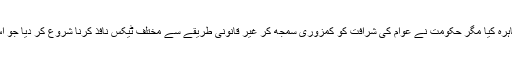
عوام نے بہت صبر کا مظاہرہ کیا مگر حکومت نے عوام کی شرافت کو کمزوری سمجھ کر غیر قانونی طریقے سے مختلف ٹیکس نافذ کرنا شروع کر دیا جو اس غریب عوام پر ظلم ہے۔